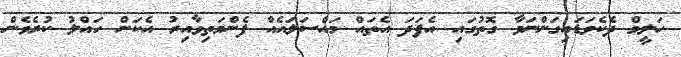
ހަލީމް ދެކެވަޑައިގަންނަވާ ގޮތުގައި އެފަދަ އެތައް މައްސަލައެއް ފެންމަތިވާއިރު އެކަން ހައްލު ކުރެވެން